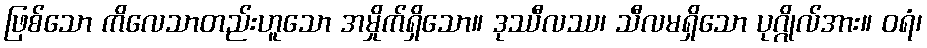
ဖြစ်သော ကိလေသာတည်းဟူသော အမှိုက်ရှိသော။ ဒုဿီလဿ၊ သီလမရှိသော ပုဂ္ဂိုလ်အား။ ဝရံ၊